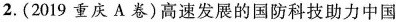
2.(2019重庆A卷)高速发展的国防科技助力中国